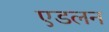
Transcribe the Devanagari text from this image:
एडलन